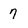
Character: 7